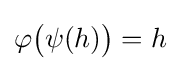
\varphi {\bigl (}\psi (h){\bigr )}=h